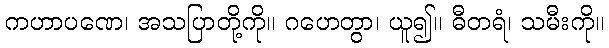
ကဟာပဏေ၊ အသပြာတို့ကို။ ဂဟေတွာ၊ ယူ၍။ ဓီတရံ၊ သမီးကို။